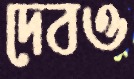
দেবও